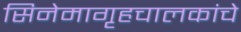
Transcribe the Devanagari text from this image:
सिनेमागृहचालकांचे